Report on vaccination in Madras 1904-1921 - 1904-1921
Year: 1904
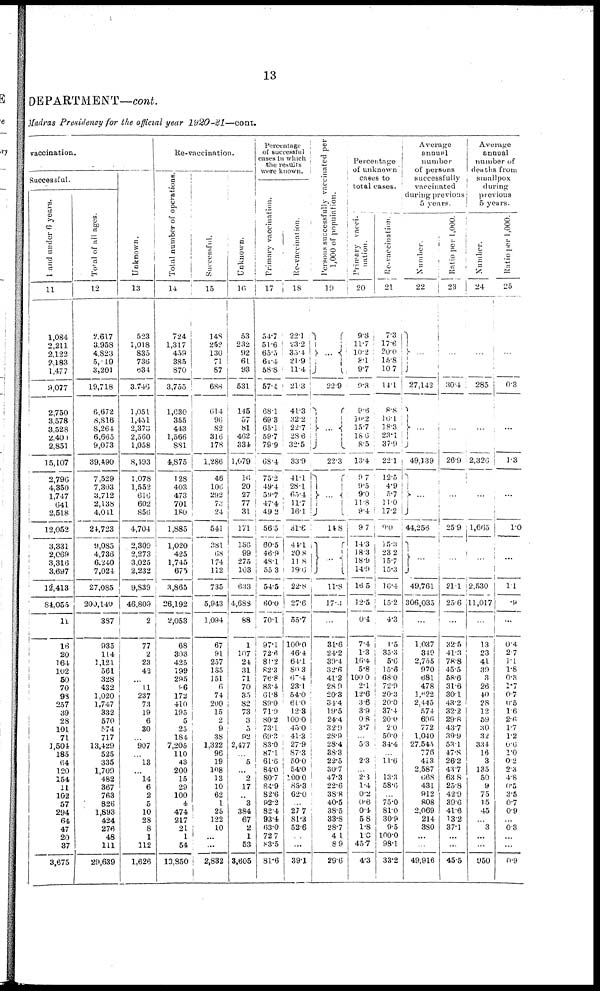
13
DEPARTMENT—cont.
Madras Presidency for the official year
1920-21—cont.
vaccination.
Successful.
1 and under 6 years.
11
1,084
2,211
2,122
2,183
1,477
9,077
2,750
3,578
3,528
2,400
2,851
15,107
2,796
4,350
1,747
641
2,518
12,052
3,331
2,069
3,316
3,697
12,413
81,055
11
16
20
164
102
50
70
93
257
39
28
101
71
1,504
185
64
120
154
11
102
57
294
64
47
20
37
3,675
Total of all ages.
12
2,617
3,958
4,823
5,019
3,201
19,718
6,672
8,816
8,264
6,665
9,073
39,490
7,529
7,303
3,712
2,138
4,011
24,723
9,085
4,736
6,240
7,024
27,085
200,140
387
935
114
1,121
561
328
432
1,020
1,747
332
570
574
717
13,429
525
335
1,709
482
367
763
826
1,893
424
276
48
111
29,639
Unknown.
13
523
1,018
835
736
534
3,746
1,051
1,451
2,873
2,560
1,058
8,193
1,078
1,552
616
602
856
4,704
2,309
2,273
3,025
2,232
9,839
46,809
2
77
2
23
42
...
11
237
73
19
6
30
...
907
...
13
...
14
6
2
5
10
28
8
1
112
1,626
Re-vaccination.
Total number of operations.
14
724
1,317
459
385
870
3,755
1,630
355
443
1,566
881
4,875
128
403
473
701
180
1,885
1,020
425
1,745
675
3,865
26,192
2,053
68
303
425
199
295
96
172
410
195
5
25
184
7,205
110
43
200
15
29
100
4
474
217
21
1
54
10,850
Successful.
15
148
252
130
71
87
688
614
96
82
316
178
1,286
46
106
292
73
24
541
381
68
174
112
735
5,943
1,094
67
91
257
135
151
6
74
200
15
2
9
38
1,322
96
19
108
13
10
62
1
25
122
10
...
...
2,832
Unknown.
16
53
232
92
61
93
531
145
57
81
462
334
1,079
16
20
27
77
31
171
156
99
275
103
633
4,688
88
1
107
24
31
71
70
35
82
73
3
5
92
2,477
...
5
...
2
17
...
3
384
67
2
1
53
3,605
Percentage
of successful
cases in which
the results
were known.
Primary vaccination.
17
54.7
51.6
65.5
61.4
58.8
57.4
68.1
69.3
65.1
59.7
79.9
68.4
75.2
49.4
59.7
47.4
49.2
56.5
60.5
46.9
48.1
55.3
54.5
60.0
70.1
97.1
72.6
81.2
82.3
76.8
83.4
61.8
89.0
71.9
80.2
73.1
69.3
83.0
87.1
61.6
84.0
80.7
84.9
82.6
92.2
82.4
93.4
63.0
72.7
83.5
81.6
Re-vaccination.
18
22.1
23.2
35.4
21.9
11.4
21.3
41.3
32.2
22.7
28.6
32.5
33.9
41.1
28.1
65.4
11.7
16.1
31.6
44.1
20.8
11.8
19.6
22.8
27.6
55.7
100.0
46.4
64.1
80.3
60.4
23.1
54.0
61.0
12.3
100.0
45.0
41.3
27.9
87.3
50.0
54.0
100.0
83.3
62.0
...
27.7
81.3
52.6
...
...
39.1
Persons successfully vaccinated per
1,000 of population.
19
...
22.9
...
22.3
...
148
...
11.8
17.3
...
31.6
24.2
39.4
32.6
41.2
28.9
20.3
34.4
19.5
24.4
32.9
28.9
28.4
38.3
22.5
30.7
47.3
22.6
38.8
40.5
38.5
33.8
28.7
4.1
8.9
29.6
Percentage
of unknown
cases to
total cases.
Primary vacci-
nation.
20
9.3
11.7
10.2
8.1
9.7
9.8
9.6
10.2
15.7
18.6
8.5
13.4
9.7
9.5
9.0
11.8
9.4
9.7
14.3
18.3
18.9
14.9
16.5
12.5
0.4
7.4
1.3
16.4
5.8
100.0
2.1
12.6
3.6
3.9
0.8
3.7
...
5.3
...
2.3
...
2.3
1.4
0.2
0.6
0.4
5.8
1.8
1.0
45.7
4.3
Re-vaccination.
21
7.3
17.6
20.0
15.8
10.7
14.1
8.8
16.1
18.3
23.1
37.9
22.1
12.5
4.9
5.7
11.0
17.2
0.0
15.3
23.2
15.7
15.3
16.4
15.2
4.3
1.5
35.3
5.6
15.6
68.0
72.9
20.3
20.0
37.4
20.0
2.0
50.0
31.4
...
11.6
...
13.3
58.6
...
75.0
81.0
30.9
9.5
100.0
98.1
33.2
Average
annual
number
of persons
successfully
vaccinated
during previous
5 years.
Number.
22
...
27,142
...
49,139
...
44,256
...
49,761
306,035
...
1,037
319
2,755
970
681
478
1,622
2,445
574
696
772
1,040
27,545
776
413
2,587
668
431
912
808
2,069
214
380
...
...
49,916
Ratio per 1,000.
23
...
30.4
...
26.9
...
25.9
...
21.1
25.6
...
32.5
41.3
78.8
45.5
58.6
31.6
30.1
43.2
32.2
29.8
43.7
39.9
53.1
47.8
26.2
43.7
63.8
25.8
42.9
39.6
41.6
13.2
37.1
...
...
45.5
Average
annual
number of
deaths from
smallpox
during
previous
5 years.
Number.
24
...
285
...
2,326
...
1,665
...
2,530
11,017
...
13
23
41
39
3
26
40
28
12
59
30
32
334
16
3
135
50
9
75
15
45
...
3
...
...
950
Ratio per 1,000.
25
...
0.3
...
1.3
...
1.0
...
1.1
.9
...
0.4
2.7
1.1
1.8
0.3
1.7
0.7
0.5
1.6
2.6
1.7
1.2
0.6
1.0
0.2
2.3
4.8
0.5
3.5
0.7
0.9
...
0.3
...
...
0.9